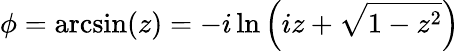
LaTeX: \phi=\arcsin(z)=-i\ln\left(iz+{\sqrt{1-z^{2}}}\right)